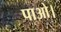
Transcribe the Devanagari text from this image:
पाओ।